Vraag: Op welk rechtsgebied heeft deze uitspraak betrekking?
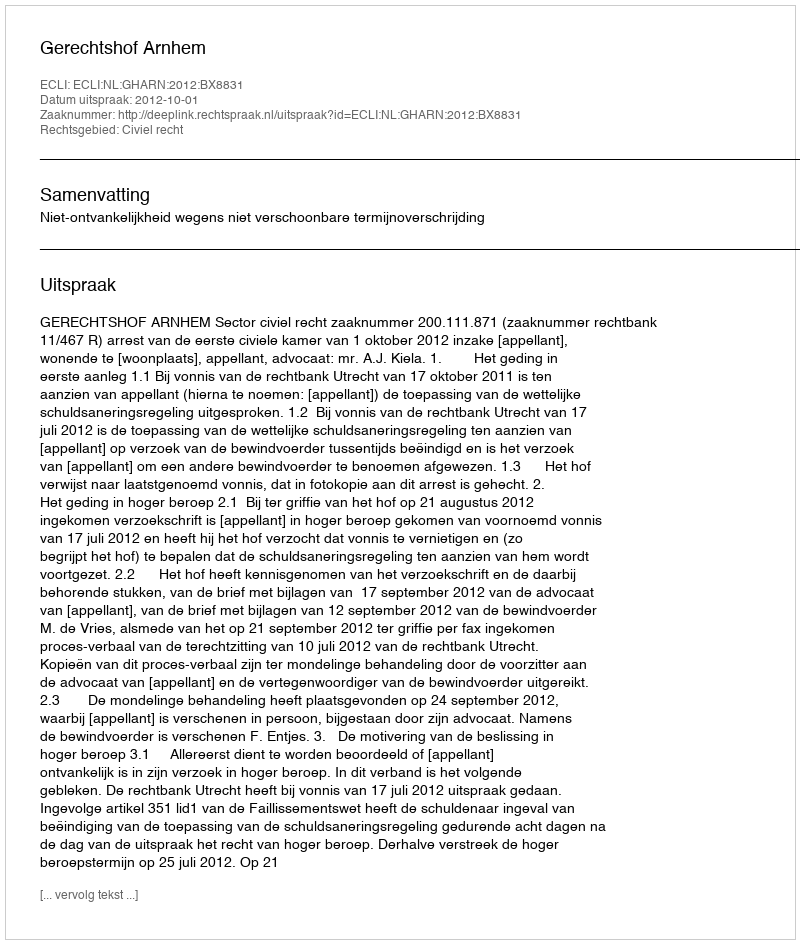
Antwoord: Civiel recht